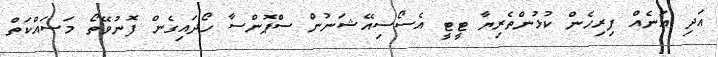
އަދި އަނެއް ފިރިހެން ކުޅުންތެރިޔާ ޓީޓީ އެސޯސިއޭޝަނުން ސްޕޮންސާ ހޯދައިގެން ފޮނުވޭތޯ މަސައްކަތް